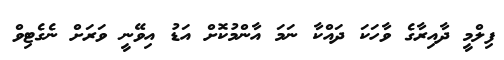
ފިލްމީ ދާއިރާގެ ވާހަކަ ދައްކާ ނަމަ އާންމުކޮށް އަޑު އިވޭނީ ވަރަށް ނެގެޓިވް